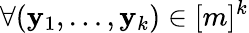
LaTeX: \forall(\mathbf{y}_{1},\dots,\mathbf{y}_{k})\in[m]^{k}